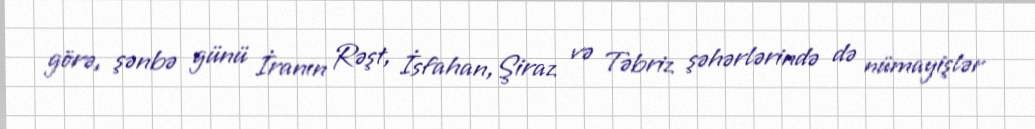
görə, şənbə günü İranın Rəşt, İsfahan,Şiraz və Təbriz şəhərlərində də nümayişlər